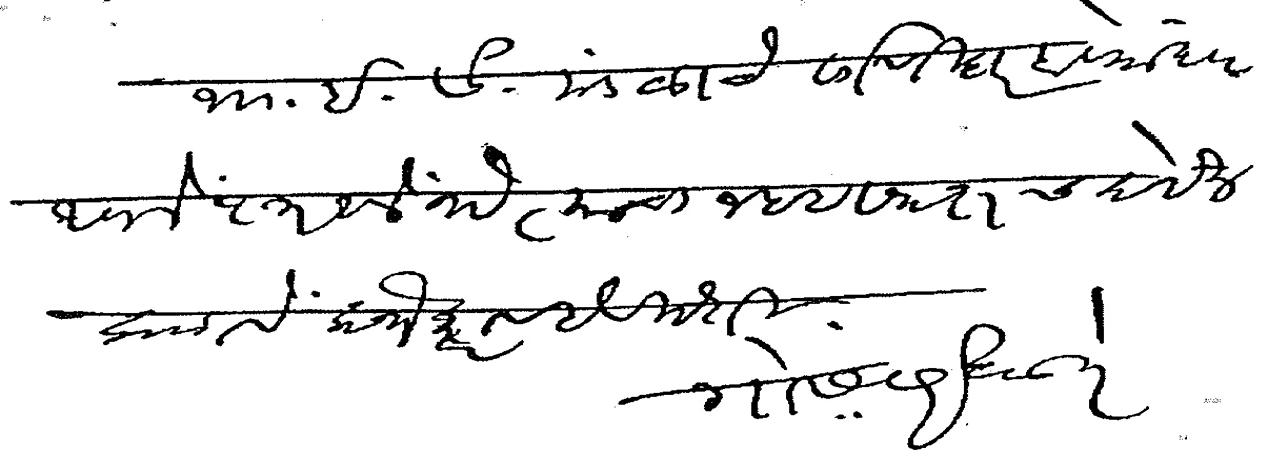
Transliteration (Devanagari): भा इ सं मंडळाचे वर्गणीदार होण्या ब आपले पत्र आले आहे त्याचा जबब समक्षच देईन कळावे लोभ कराव हे विनंती गो स सरदेसाई